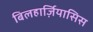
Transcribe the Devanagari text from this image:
बिलहार्ज़ियासिस